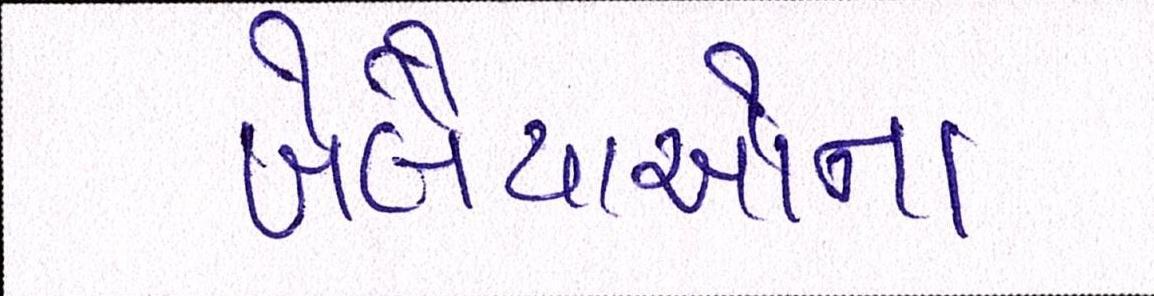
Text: ખેલૈયાઓના